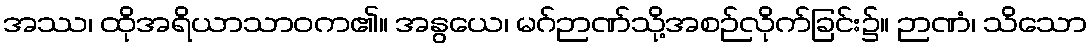
အဿ၊ ထိုအရိယာသာဝက၏။ အနွယေ၊ မဂ်ဉာဏ်သို့အစဉ်လိုက်ခြင်း၌။ ဉာဏံ၊ သိသော